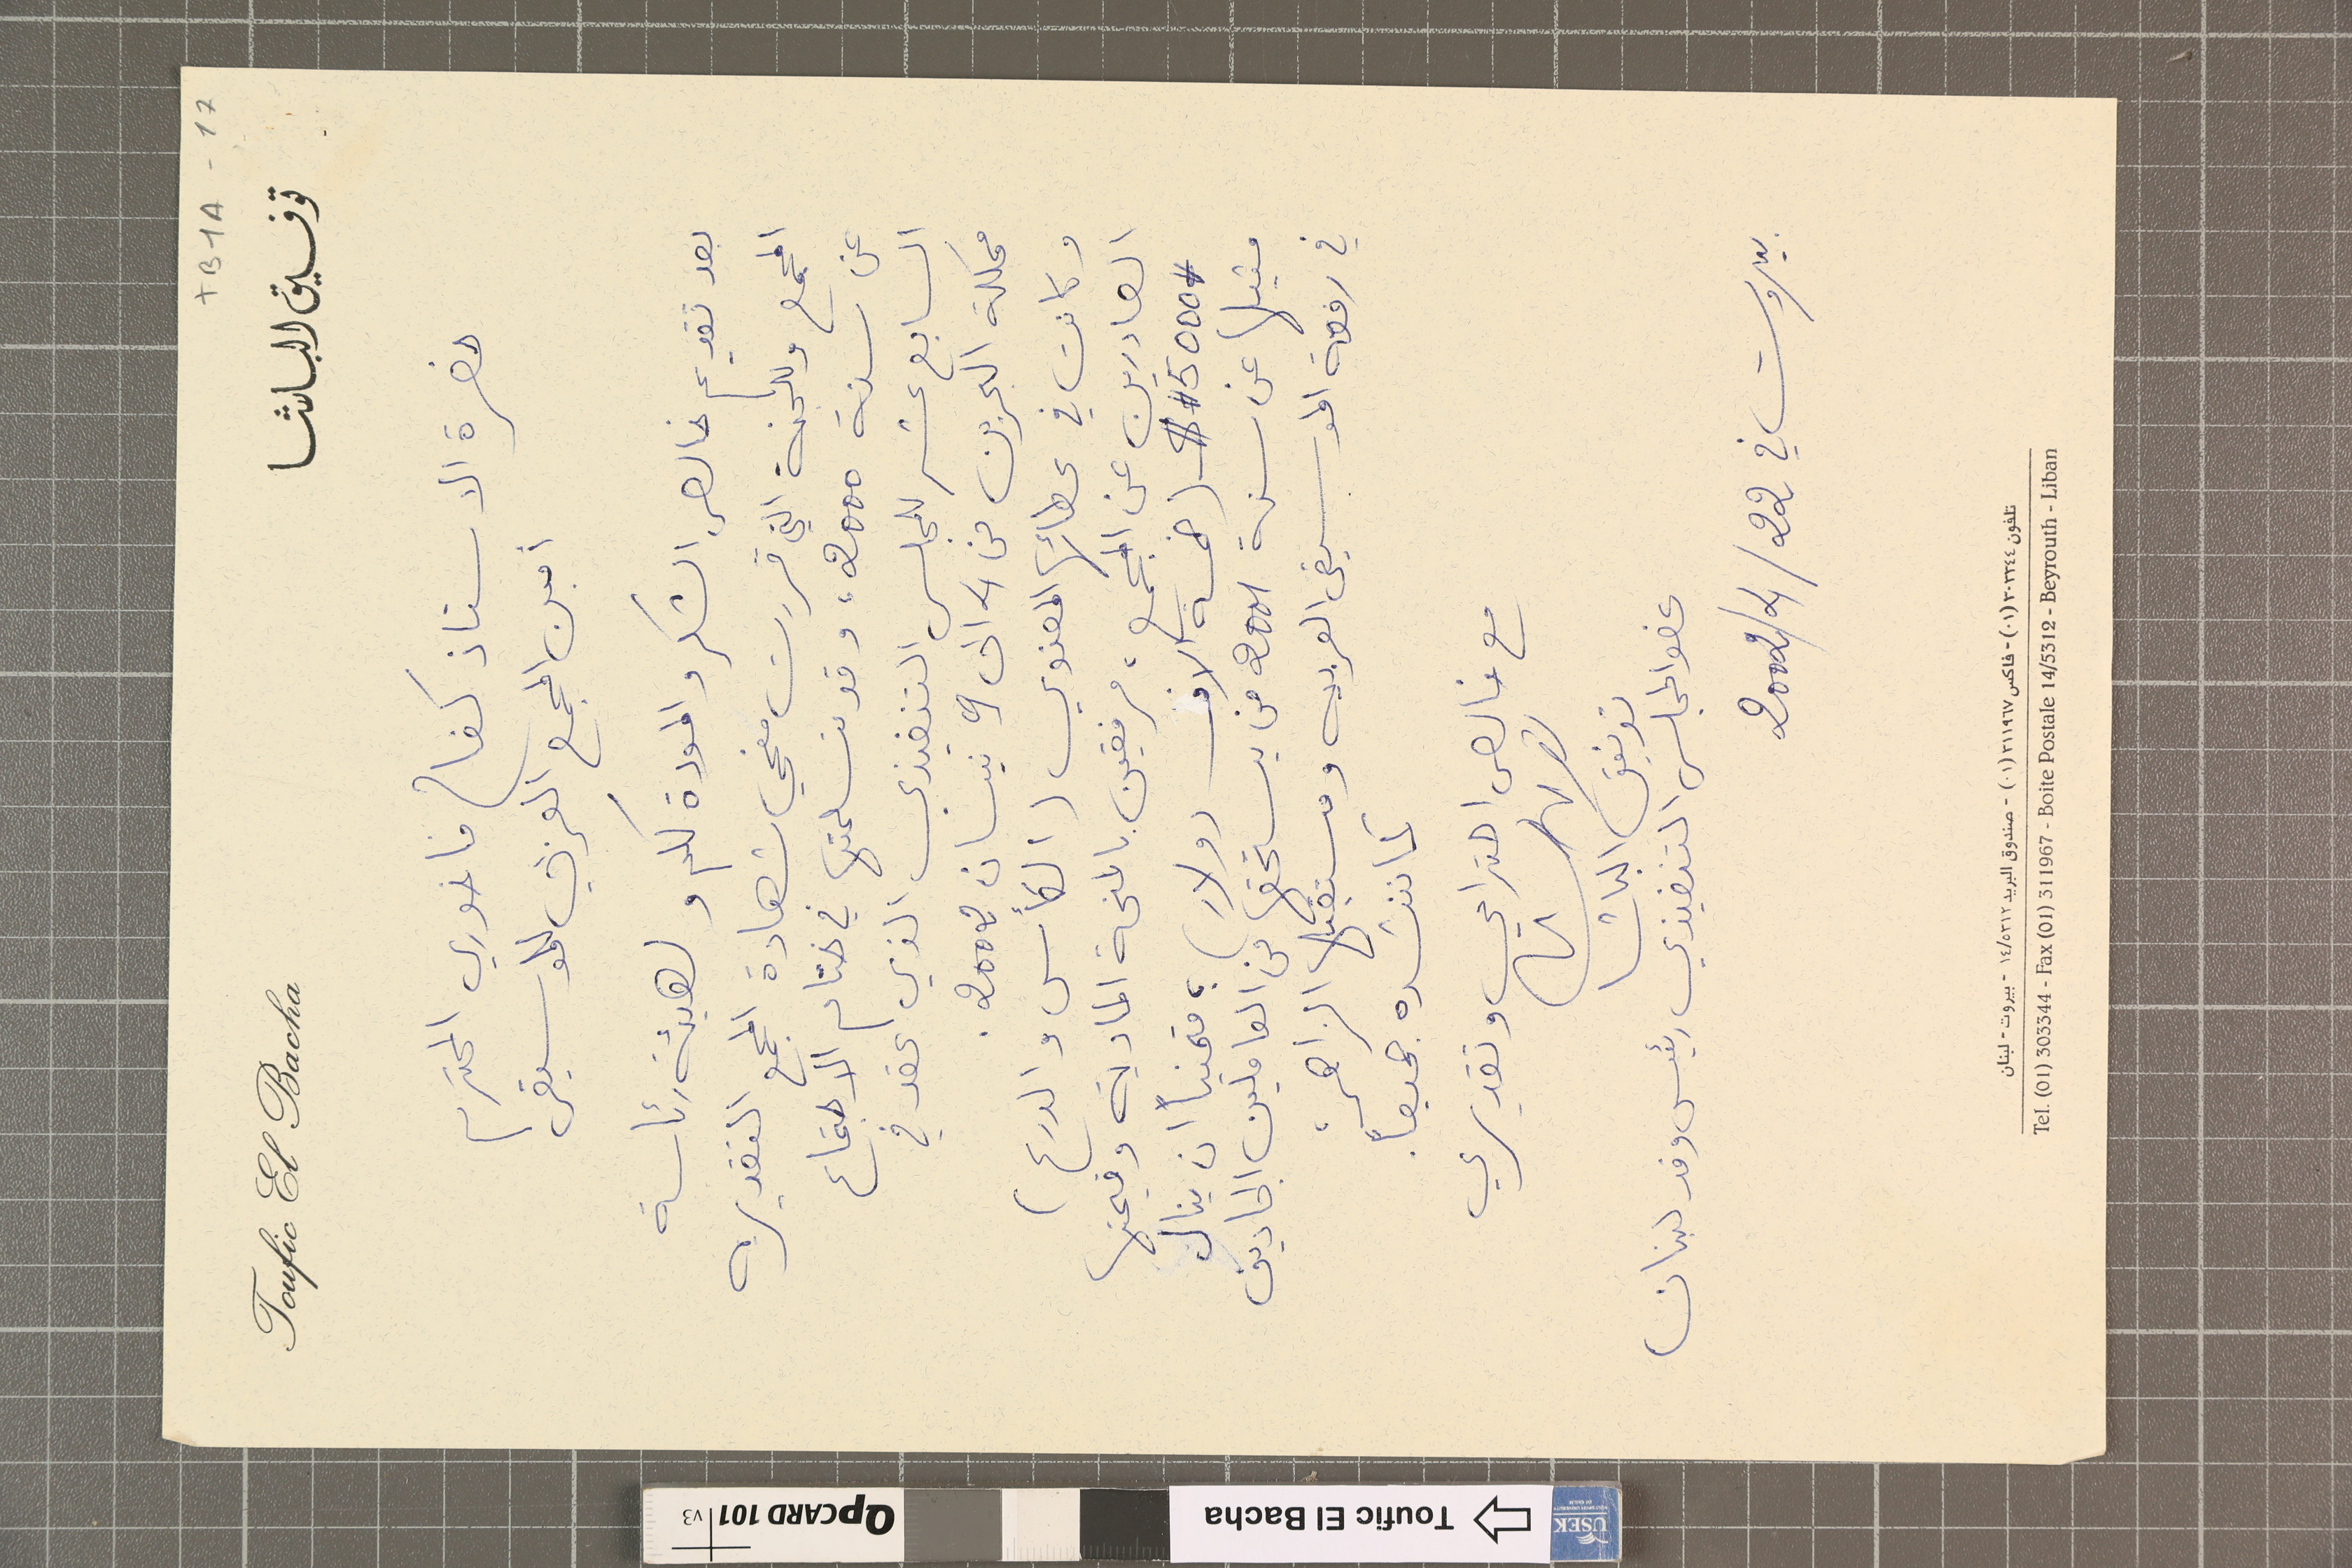
TB1A-17
توفيق الباشا				Toufic El Bacha
حضرة الاستاذ كفاح فاخوري المحترم
امين المجمع العربي للموسيقى
بعد تقديم خالص الشكر والمودة لكم ولهيئة رئاسة
المجمع وللجنة التي قررت منحي شهادة المجمع التقديريه
عن سنة 0002، وقد تسلمتها في ختام الاجتماع
السابع عشر للمجلس التنفيذي الذي عقد في
مملكة البحرين من 4 الى 9 نيسان 2002.
وكانت في عطائها المعنوي (الكأس والدرع)
الصادرين عن المجمع، مرفقين بالمنحة المادية وقيمتها
# 5000 # $ (خمسة الاف دولار) ؛ متمنياً ان ينال
مثيلها عن سنة 1002 من يستحقها من العاملين الجادين
في رفعة الموسيقى العربيه ومستقبلها الراهن
كما ننشده جميعاً
مع خالص احترامي وتقديري
توفيق الباشا
عضو المجلس التنفيذي رئيس وفد لبنان
بيروت في 2002/4/22
تلفون ٣٠٣٣٤٤(٠١) - فاكس ٣١١٩٦٧(٠١) - صندوق البريد ٥٣١٢/١٤ - بيروت - لبنان
Tel. (01) 303344 - Fax (01) 311967 - Boite Postale 14/5312 - Beyrouth - Liban